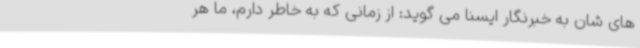
های شان به خبرنگار ایسنا می گوید: از زمانی که به خاطر دارم، ما هر